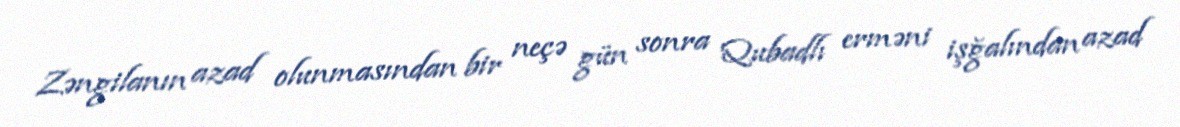
Zəngilanın azad olunmasından bir neçə gün sonra Qubadlı erməni işğalından azad